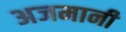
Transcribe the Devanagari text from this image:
अजमानी